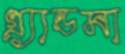
গ্র্যান্ডমা